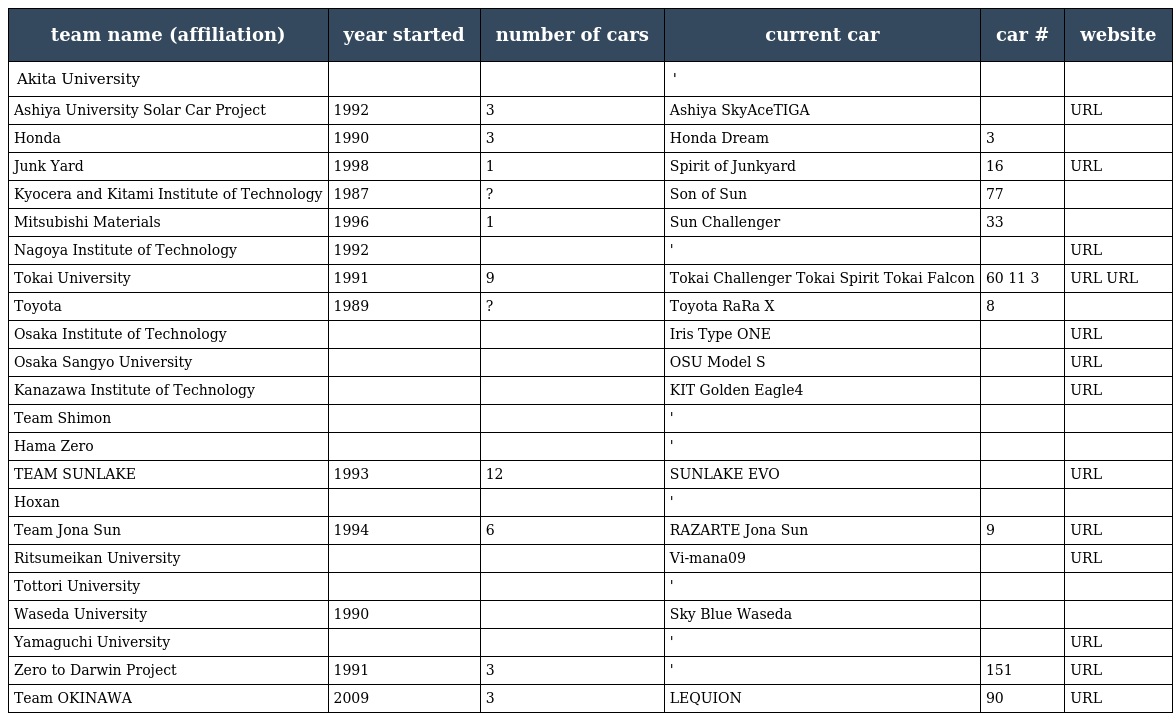
| team name (affiliation) | year started | number of cars | current car | car # | website |
 | --- | --- | --- | --- | --- | --- |
 | Akita University |  |  | ' |  |  |
 | Ashiya University Solar Car Project | 1992 | 3 | Ashiya SkyAceTIGA |  | URL |
 | Honda | 1990 | 3 | Honda Dream | 3 |  |
 | Junk Yard | 1998 | 1 | Spirit of Junkyard | 16 | URL |
 | Kyocera and Kitami Institute of Technology | 1987 | ? | Son of Sun | 77 |  |
 | Mitsubishi Materials | 1996 | 1 | Sun Challenger | 33 |  |
 | Nagoya Institute of Technology | 1992 |  | ' |  | URL |
 | Tokai University | 1991 | 9 | Tokai Challenger Tokai Spirit Tokai Falcon | 60 11 3 | URL URL |
 | Toyota | 1989 | ? | Toyota RaRa X | 8 |  |
 | Osaka Institute of Technology |  |  | Iris Type ONE |  | URL |
 | Osaka Sangyo University |  |  | OSU Model S |  | URL |
 | Kanazawa Institute of Technology |  |  | KIT Golden Eagle4 |  | URL |
 | Team Shimon |  |  | ' |  |  |
 | Hama Zero |  |  | ' |  |  |
 | TEAM SUNLAKE | 1993 | 12 | SUNLAKE EVO |  | URL |
 | Hoxan |  |  | ' |  |  |
 | Team Jona Sun | 1994 | 6 | RAZARTE Jona Sun | 9 | URL |
 | Ritsumeikan University |  |  | Vi-mana09 |  | URL |
 | Tottori University |  |  | ' |  |  |
 | Waseda University | 1990 |  | Sky Blue Waseda |  |  |
 | Yamaguchi University |  |  | ' |  | URL |
 | Zero to Darwin Project | 1991 | 3 | ' | 151 | URL |
 | Team OKINAWA | 2009 | 3 | LEQUION | 90 | URL |